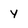
Character: y